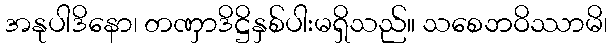
အနုပါဒိနော၊ တဏှာဒိဋ္ဌိနှစ်ပါးမရှိသည်။ သစေဘဝိဿာမိ၊